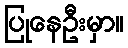
ပြုနေဦးမှာ။